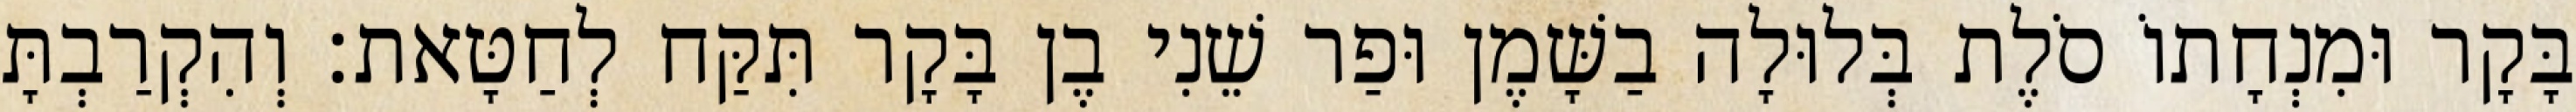
בָּקָר וּמִנְחָתוֹ סֹלֶת בְּלוּלָה בַשָּׁמֶן וּפַר שֵׁנִי בֶן בָּקָר תִּקַּח לְחַטָּאת׃ וְהִקְרַבְתָּ